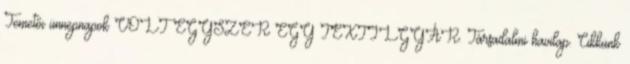
Temetői ünnepnapok VOLT EGYSZER EGY TEXTILGYÁR. Társadalmi havilap. Cikkünk